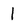
Character: 1